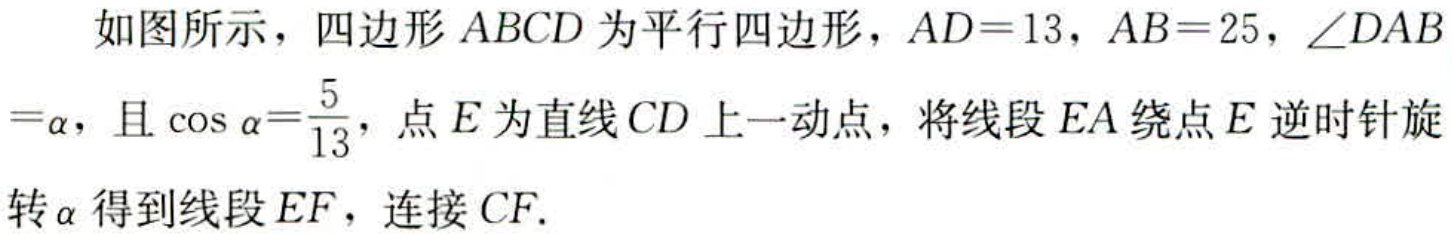
如图所示，四边形 \(ABCD\) 为平行四边形，\(AD = 13\)，\(AB = 25\)，\(\angle DAB=\alpha\)，且 \(\cos\alpha=\frac{5}{13}\)，点 \(E\) 为直线 \(CD\) 上一动点，将线段 \(EA\) 绕点 \(E\) 逆时针旋转 \(\alpha\) 得到线段 \(EF\)，连接 \(CF\).